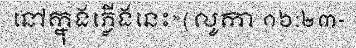
នៅក្នុងភ្លើងនេះ»(លូកា ១៦:២៣-